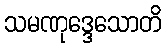
သမဏုဒ္ဒေသောတိ